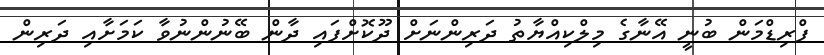
ފްރިޑްމަން ބުނީ އޭނާގެ މިލްކިއްޔާތު ދަރިންނަށް ދޫކޮށްފައި ދާން ބޭނުންނުވާ ކަމަށާއި ދަރިން